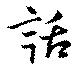
話